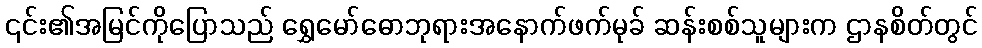
၎င်း၏အမြင်ကိုပြောသည် ရွှေမော်ဓောဘုရားအနောက်ဖက်မုခ် ဆန်းစစ်သူများက ဌာနစိတ်တွင်